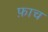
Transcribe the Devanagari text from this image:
फ़ाच